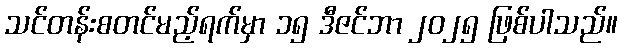
သင်တန်းစတင်မည့်ရက်မှာ ၁၅ ဒီဇင်ဘာ ၂၀၂၅ ဖြစ်ပါသည်။